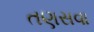
તણસવા